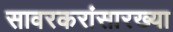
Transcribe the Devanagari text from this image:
सावरकरांसारख्या